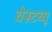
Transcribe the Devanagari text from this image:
वेस्टव्यू